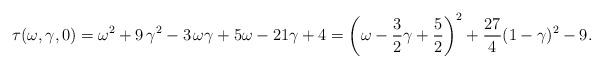
LaTeX: \begin{align*}\begin{aligned} \tau(\omega,\gamma,0)&=\omega^2+9\,\gamma^2-3\,\omega\gamma+5\omega-21\gamma+4= \left(\omega-\frac{3}{2}\gamma +\frac52\right)^2+\frac{27}{4}(1-\gamma)^2-9. \end{aligned} \end{align*}